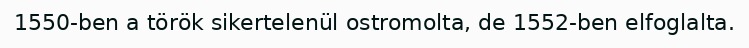
1550-ben a török sikertelenül ostromolta, de 1552-ben elfoglalta.